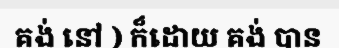
គង់ នៅ ) ក៏ដោយ គង់ បាន